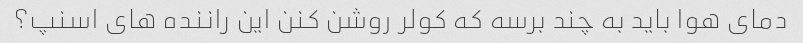
دمای هوا باید به چند برسه که کولر روشن کنن این راننده های اسنپ؟